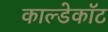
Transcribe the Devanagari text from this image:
काल्डेकॉट